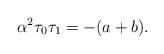
LaTeX: \begin{align*} \alpha^2 \tau_0 \tau_1 = -(a+b).\end{align*}